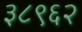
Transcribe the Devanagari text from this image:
३८९६२